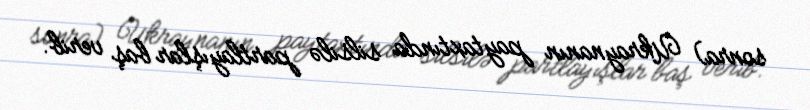
sonra) Ukraynanın paytaxtında silsilə partlayışlar baş verib.